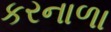
કરનાળા